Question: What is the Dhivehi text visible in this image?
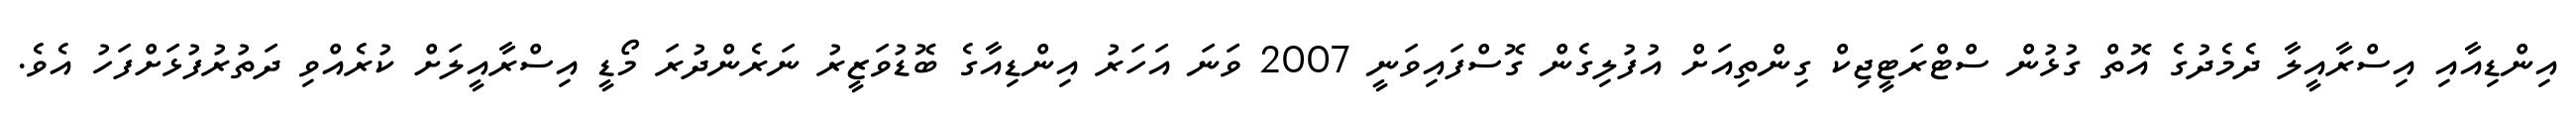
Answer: އިންޑިއާއި އިސްރާއީލާ ދެމެދުގެ އޮތް ގުޅުން ސްޓްރަޓީޖިކް ގިންތިއަށް އުފުލިގެން ގޮސްފައިވަނީ 2007 ވަނަ އަހަރު އިންޑިއާގެ ބޮޑުވަޒީރު ނަރެންދުރަ މޯޑީ އިސްރާއީލަށް ކުރެއްވި ދަތުރުފުޅަށްފަހު އެވެ.